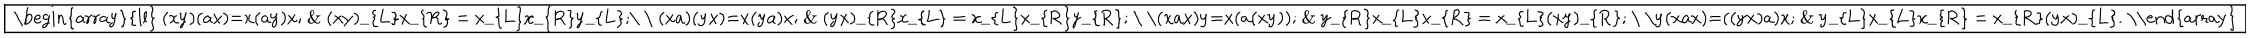
LaTeX: \fbox { \begin{array} { l l } { { ( x y ) ( a x ) = x ( a y ) x ; } } & { { ( x y ) _ { L } x _ { R } = x _ { L } x _ { R } y _ { L } ; } } \\ { { ( x a ) ( y x ) = x ( y a ) x ; } } & { { ( y x ) _ { R } x _ { L } = x _ { L } x _ { R } y _ { R } ; } } \\ { { ( x a x ) y = x ( a ( x y ) ) ; } } & { { y _ { R } x _ { L } x _ { R } = x _ { L } ( x y ) _ { R } ; } } \\ { { y ( x a x ) = ( ( y x ) a ) x ; } } & { { y _ { L } x _ { L } x _ { R } = x _ { R } ( y x ) _ { L } . } } \\ \end{array} }